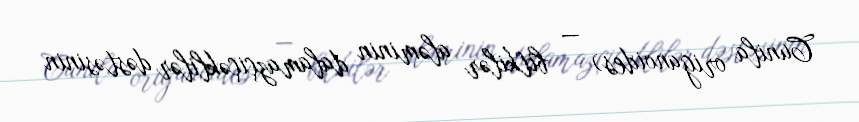
Cunila origanoides) — bitkilər aləminin dalamazçiçəklilər dəstəsinin